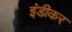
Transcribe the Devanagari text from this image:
इंडीकर